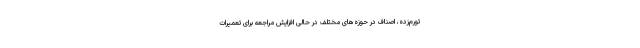
تورم‌زده، اصناف در حوزه‌های مختلف در حالی افزایش مراجعه برای تعمیرات